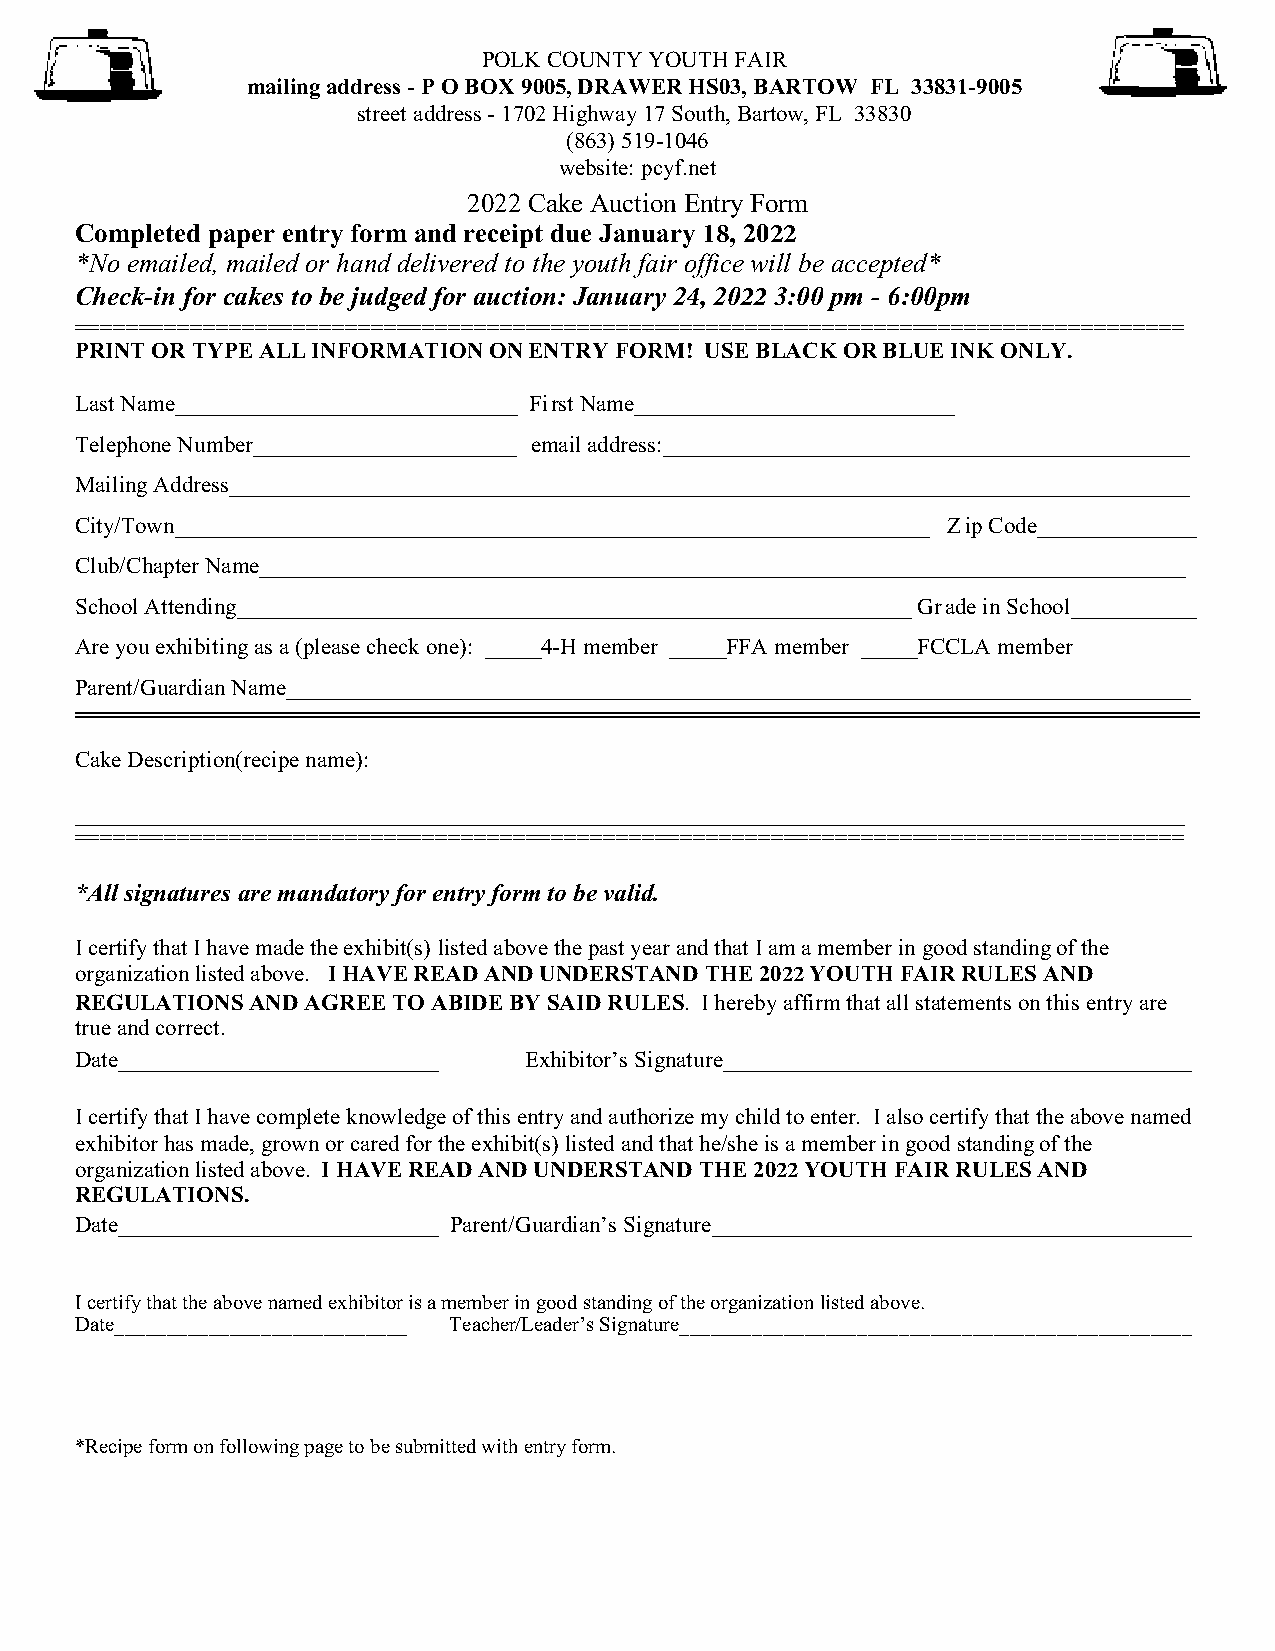
POLK COUNTY YOUTH FAIR
 mailing address - P O BOX 9005, DRAWER HS03, BARTOW FL 33831-9005
 street address - 1702 Highway 17 South, Bartow, FL 33830
 (863)519-1046
 website: pcyf.net
 2022 Cake Auction Entry Form
 Completed paper entry form and receipt due January 18, 2022
 *No emailed, mailed or hand delivered to the youth fair office will be accepted*
 Check-in for cakes to be judged for auction: January 24, 2022 3:00 pm - 6:00pm
 ======================================================================================
 PRINT OR TYPE ALL INFORMATION ON ENTRY FORM! USE BLACK OR BLUE INK ONLY.
 Last Name______________________________ First Name____________________________
 Telephone Number_______________________ email address:______________________________________________
 Mailing Address____________________________________________________________________________________
 City/Town__________________________________________________________________ Z ip Code______________
 Club/Chapter Name_________________________________________________________________________________
 School Attending___________________________________________________________ Gr ade in School___________
 Are you exhibiting as a (please check one): _____4-H member _____FFA member _____FCCLA member
 Parent/Guardian Name_______________________________________________________________________________
 Cake Description(recipe name):
 _________________________________________________________________________________________________
 ======================================================================================
 *All signatures are mandatory for entry form to be valid.
 I certify that I have made the exhibit(s) listed above the past year and that I am a member in good standing of the
 organization listed above. I HAVE READ AND UNDERSTAND THE 2022 YOUTH FAIR RULES AND
 REGULATIONS AND AGREE TO ABIDE BY SAID RULES. I hereby affirm that all statements on this entry are
 true and correct.
 Date____________________________ Exhibitor’s Signature_________________________________________
 I certify that I have complete knowledge of this entry and authorize my child to enter. I also certify that the above named
 exhibitor has made, grown or cared for the exhibit(s) listed and that he/she is a member in good standing of the
 organization listed above. I HAVE READ AND UNDERSTAND THE 2022 YOUTH FAIR RULES AND
 REGULATIONS.
 Date____________________________ Parent/Guardian’s Signature__________________________________________
 I certify that the above named exhibitor is a member in good standing of the organization listed above.
 Date____________________________ Teacher/Leader’s Signature_________________________________________________
 *Recipe form on following page to be submitted with entry form.